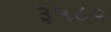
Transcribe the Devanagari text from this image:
३५८०